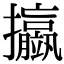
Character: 𢺆